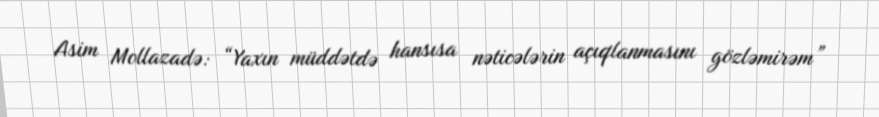
Asim Mollazadə: “Yaxın müddətdə hansısa nəticələrin açıqlanmasını gözləmirəm”